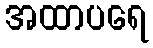
အထာပရေ